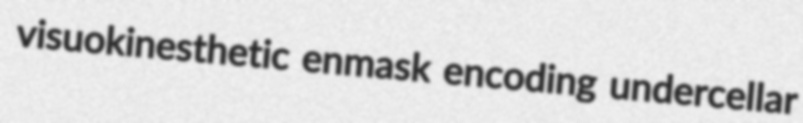
visuokinesthetic enmask encoding undercellar